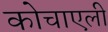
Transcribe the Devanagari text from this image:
कोचाएली